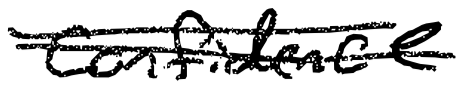
Text: confidence
Cross-out: double-line
Writing tool: digital_black